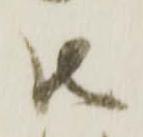
御